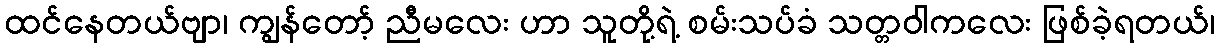
ထင်နေတယ်ဗျာ၊ ကျွန်တော့် ညီမလေး ဟာ သူတို့ရဲ့ စမ်းသပ်ခံ သတ္တဝါကလေး ဖြစ်ခဲ့ရတယ်၊